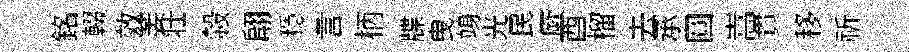
銘輟效萎壮轂翩穩言柄牒曳竧光民厥酉榴去𠄘圓嵩貫移祈